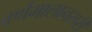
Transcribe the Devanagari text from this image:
वर्णमालानसरी